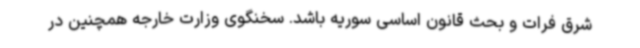
شرق فرات و بحث قانون اساسی سوریه باشد. سخنگوی وزارت خارجه همچنین در